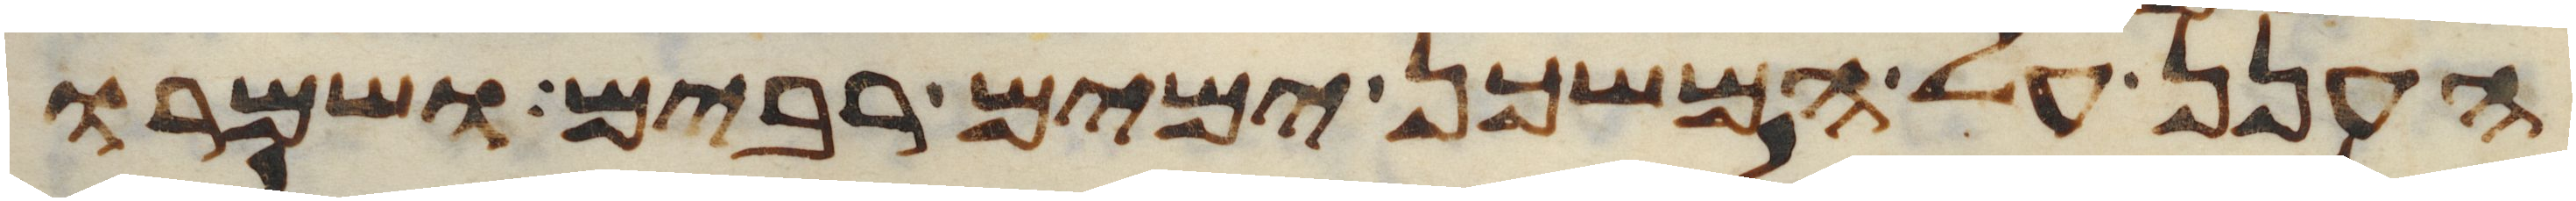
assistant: הענן על המשכן ימים רבים ושמרו